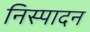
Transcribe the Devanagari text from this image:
निस्पादन